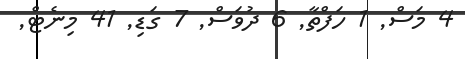
4 މަސް